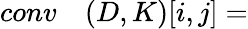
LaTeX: \begin{array}{rl}{conv}&{{}(D,K)[i,j]=}\end{array}